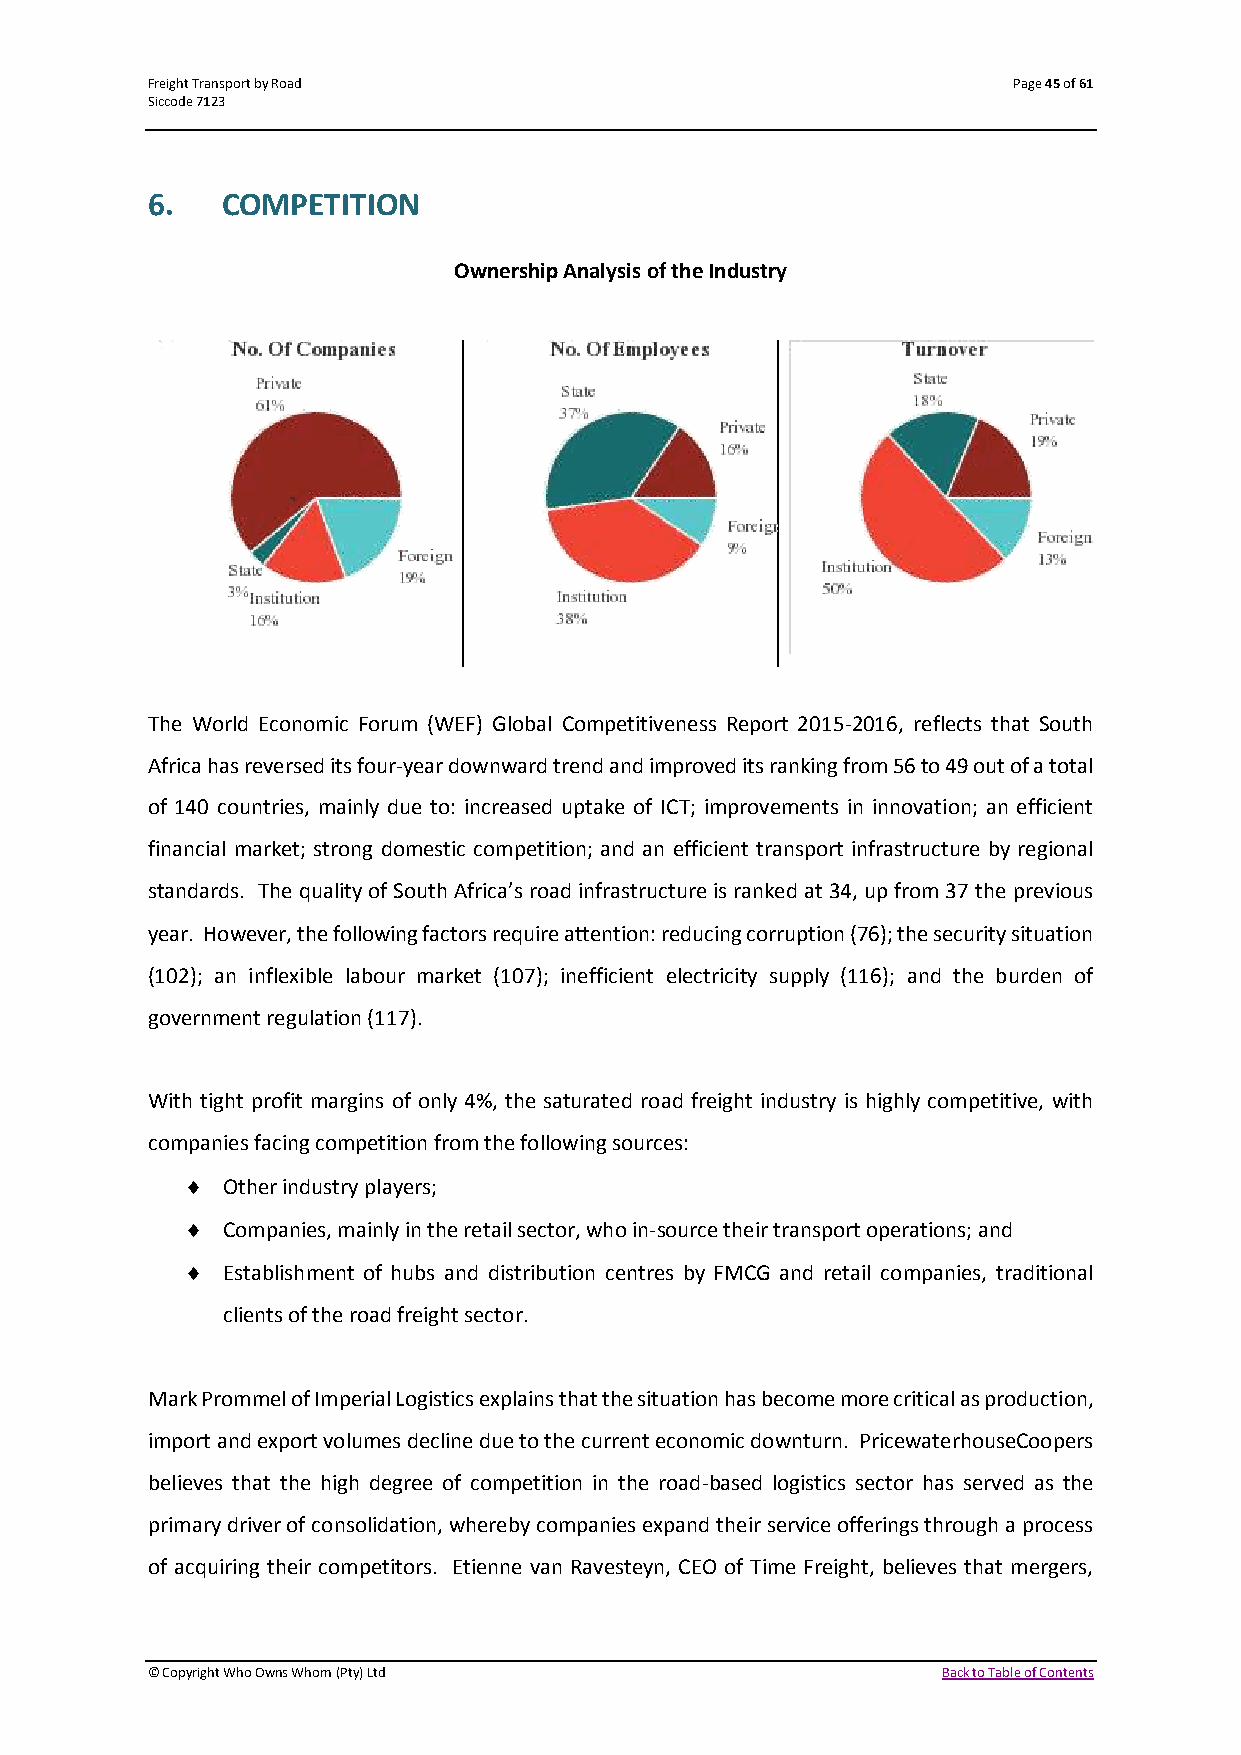
Freight Transport by Road                                Page 45 of 61
 Siccode 7123
 6.   COMPETITION
 Ownership Analysis of the Industry
 The World Economic Forum (WEF) Global Competitiveness Report 2015-2016, reflects that South
 Africa has reversed its four-year downward trend and improved its ranking from 56 to 49 out of a total
 of 140 countries, mainly due to: increased uptake of ICT; improvements in innovation; an efficient
 financial market; strong domestic competition; and an efficient transport infrastructure by regional
 standards. The quality of South Africa’s road infrastructure is ranked at 34, up from 37 the previous
 year. However, the following factors require attention: reducing corruption (76); the security situation
 (102); an inflexible labour market (107); inefficient electricity supply (116); and the burden of
 government regulation (117).
 With tight profit margins of only 4%, the saturated road freight industry is highly competitive, with
 companies facing competition from the following sources:
   Other industry players;
   Companies, mainly in the retail sector, who in-source their transport operations; and
   Establishment of hubs and distribution centres by FMCG and retail companies, traditional
 clients of the road freight sector.
 Mark Prommel of Imperial Logistics explains that the situation has become more critical as production,
 import and export volumes decline due to the current economic downturn. PricewaterhouseCoopers
 believes that the high degree of competition in the road-based logistics sector has served as the
 primary driver of consolidation, whereby companies expand their service offerings through a process
 of acquiring their competitors. Etienne van Ravesteyn, CEO of Time Freight, believes that mergers,
 © Copyright Who Owns Whom (Pty) Ltd                 Back to Table of Contents